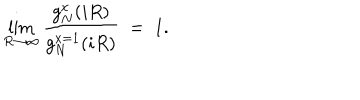
\lim _ { R \rightarrow \infty } { \frac { g _ { N } ^ { x } ( i R ) } { g _ { N } ^ { x = 1 } ( i R ) } } \; = \; 1 .